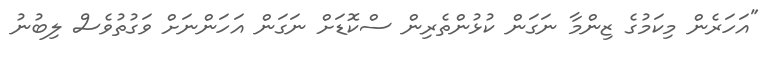
"އަހަރެން މިކަމުގެ ޒިންމާ ނަގަން ކުޅުންތެރިން ސްކޮޑަށް ނަގަން އަހަންނަށް ވަގުތުވެސް ލިބުނު